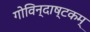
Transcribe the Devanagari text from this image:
गोविन्दाष्टकम्‌